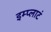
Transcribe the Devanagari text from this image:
इम्प्लाटं